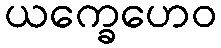
ယက္ခေဟေဝ